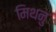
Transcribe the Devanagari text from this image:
मिथनु